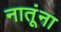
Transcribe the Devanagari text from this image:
नातूंना